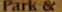
Park &